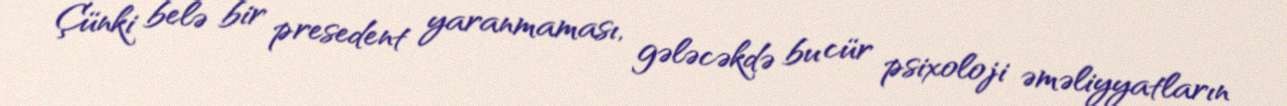
Çünki belə bir presedent yaranmaması, gələcəkdə bu cür psixoloji əməliyyatların